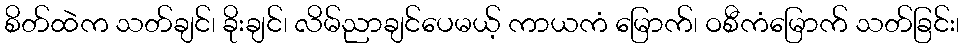
စိတ်ထဲက သတ်ချင်၊ ခိုးချင်၊ လိမ်ညာချင်ပေမယ့် ကာယကံ မြောက်၊ ဝစီကံမြောက် သတ်ခြင်း၊